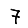
Digit: 7